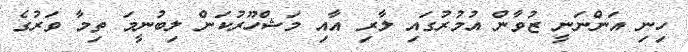
ހިނި އަންނަނީ ޒުވާން އުމުރުގައި ލާރި އާއި މަޝްހޫރުކަން ލިބުނީމަ ތިމާ ވަރުގެ